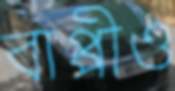
বাপ্পীও